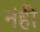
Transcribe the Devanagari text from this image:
नंही